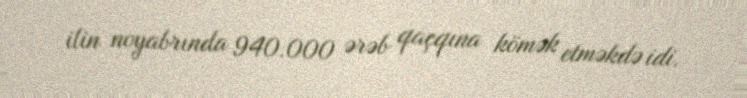
ilin noyabrında 940.000 ərəb qaçqına kömək etməkdə idi.